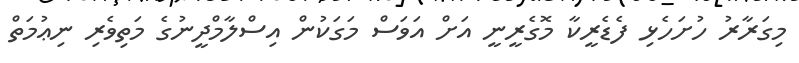
މިގަރާރު ހުށަހެޅި ފެޑެރީކާ މޮގެރީނީ އަށް އަވަސް މަގަކުން އިސްލާމްދީނުގެ މަތިވެރި ނިޢުމަތް